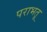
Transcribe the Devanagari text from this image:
पराभतू